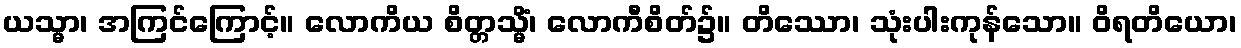
ယသ္မာ၊ အကြင်ကြောင့်။ လောကိယ စိတ္တသ္မိံ၊ လောကီစိတ်၌။ တိဿော၊ သုံးပါးကုန်သော။ ဝိရတိယော၊